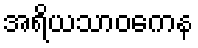
အရိယသာဝကေန